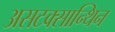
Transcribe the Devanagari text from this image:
असटक्सान्थिन